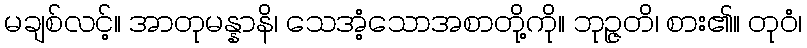
မချစ်လင့်။ အာတုမန္နာနိ၊ သေအံ့သောအစာတို့ကို။ ဘုဉ္ဇတိ၊ စား၏။ တုဝံ၊